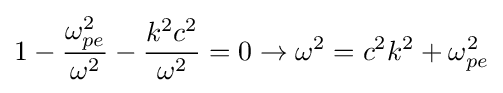
1-{\frac {\omega _{pe}^{2}}{\omega ^{2}}}-{\frac {k^{2}c^{2}}{\omega ^{2}}}=0\rightarrow \omega ^{2}=c^{2}k^{2}+\omega _{pe}^{2}